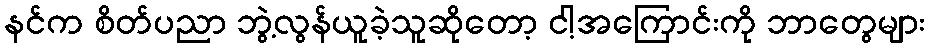
နင်က စိတ်ပညာ ဘွဲ့လွန်ယူခဲ့သူဆိုတော့ ငါ့အကြောင်းကို ဘာတွေများ